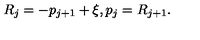
R _ { j } = - p _ { j + 1 } + \xi , p _ { j } = R _ { j + 1 } .